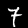
Digit: 7